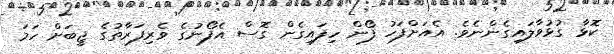
ކޮޅާ ގުޅުވާލައިގެންނެވެ. އެއަށްފަހު ފޯން ހިފައިގެން ގޮސް އެފޯނުގެ ވެރިފަރާތުގެ ޖީބަށް ހަމަ